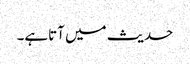
حدیث میں آتاہے۔